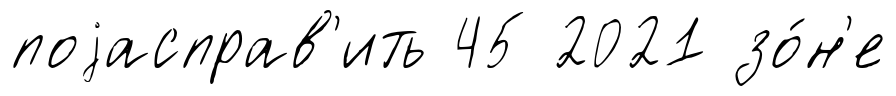
поjасправ'ить 45 2021 зо́н'е